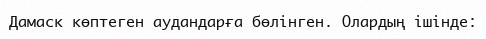
Дамаск көптеген аудандарға бөлінген. Олардың ішінде: